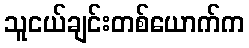
သူငယ်ချင်းတစ်ယောက်က